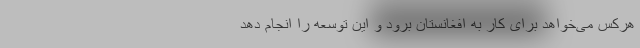
هرکس می‌خواهد برای کار به افغانستان برود و این توسعه را انجام دهد